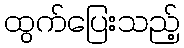
ထွက်ပြေးသည့်